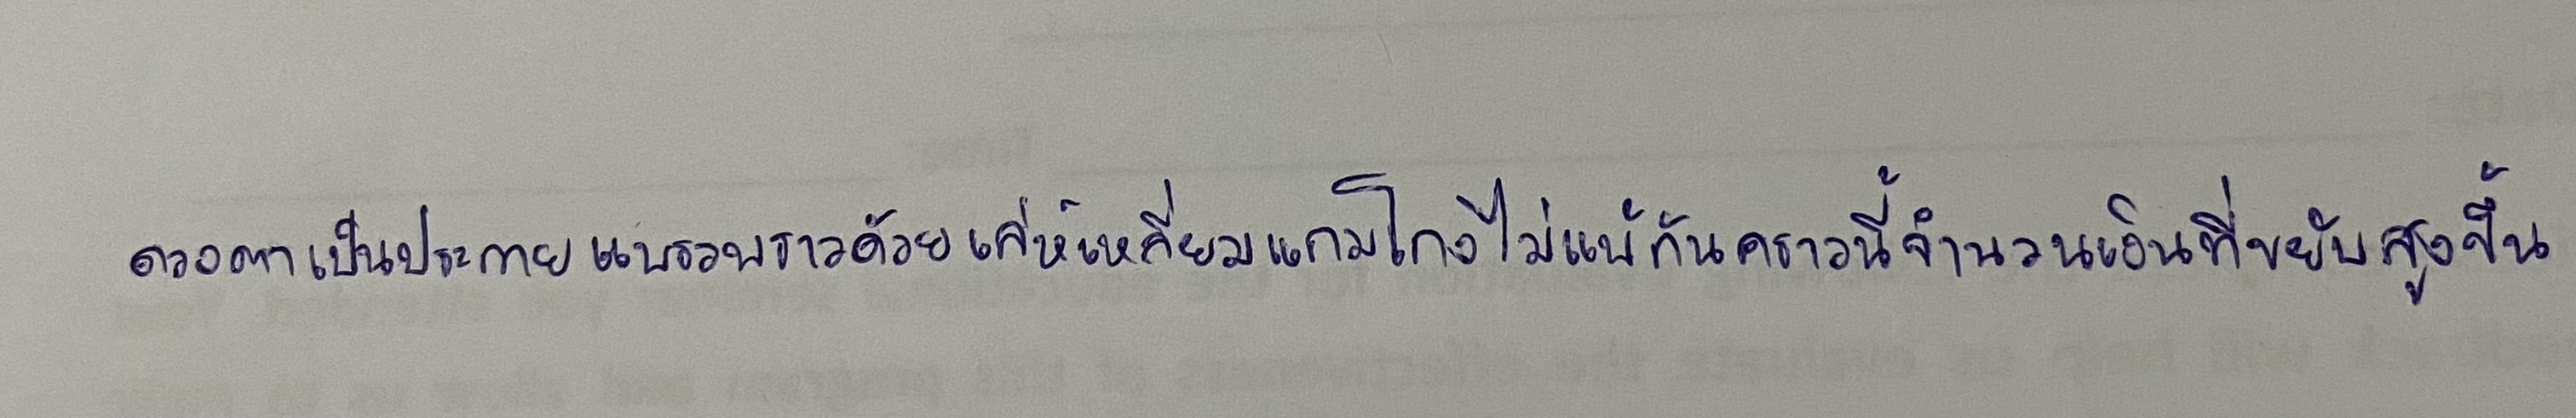
ดวงตาเป็นประกายแพรวพราวด้วยเล่ห์เหลี่ยมแกมโกงไม่แพ้กันคราวนี้จำนวนเงินที่ขยับสูงขึ้น